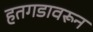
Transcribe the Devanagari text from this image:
हतगडावरून